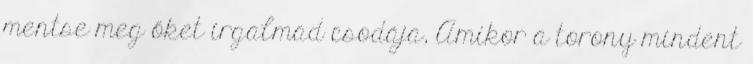
mentse meg őket irgalmad csodája, Amikor a torony mindent